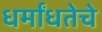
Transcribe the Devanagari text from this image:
धर्मांधतेचे